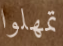
تمهلوا